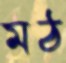
মঠ